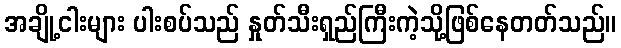
အချို့ငါးများ ပါးစပ်သည် နှုတ်သီးရှည်ကြီးကဲ့သို့ဖြစ်နေတတ်သည်။